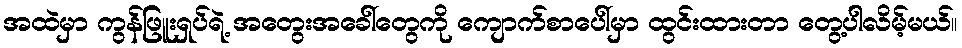
အထဲမှာ ကွန်ဖြူးရှပ်ရဲ့ အတွေးအခေါ်တွေကို ကျောက်စာပေါ်မှာ ထွင်းထားတာ တွေ့ပါလိမ့်မယ်။